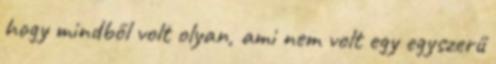
hogy mindből volt olyan, ami nem volt egy egyszerű